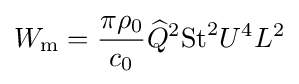
W_{\text{m}}={\frac {\pi \rho _{0}}{c_{0}}}{\widehat {Q}}^{2}{\text{St}}^{2}U^{4}L^{2}